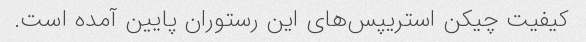
کیفیت چیکن استریپس‌های این رستوران پایین آمده است.